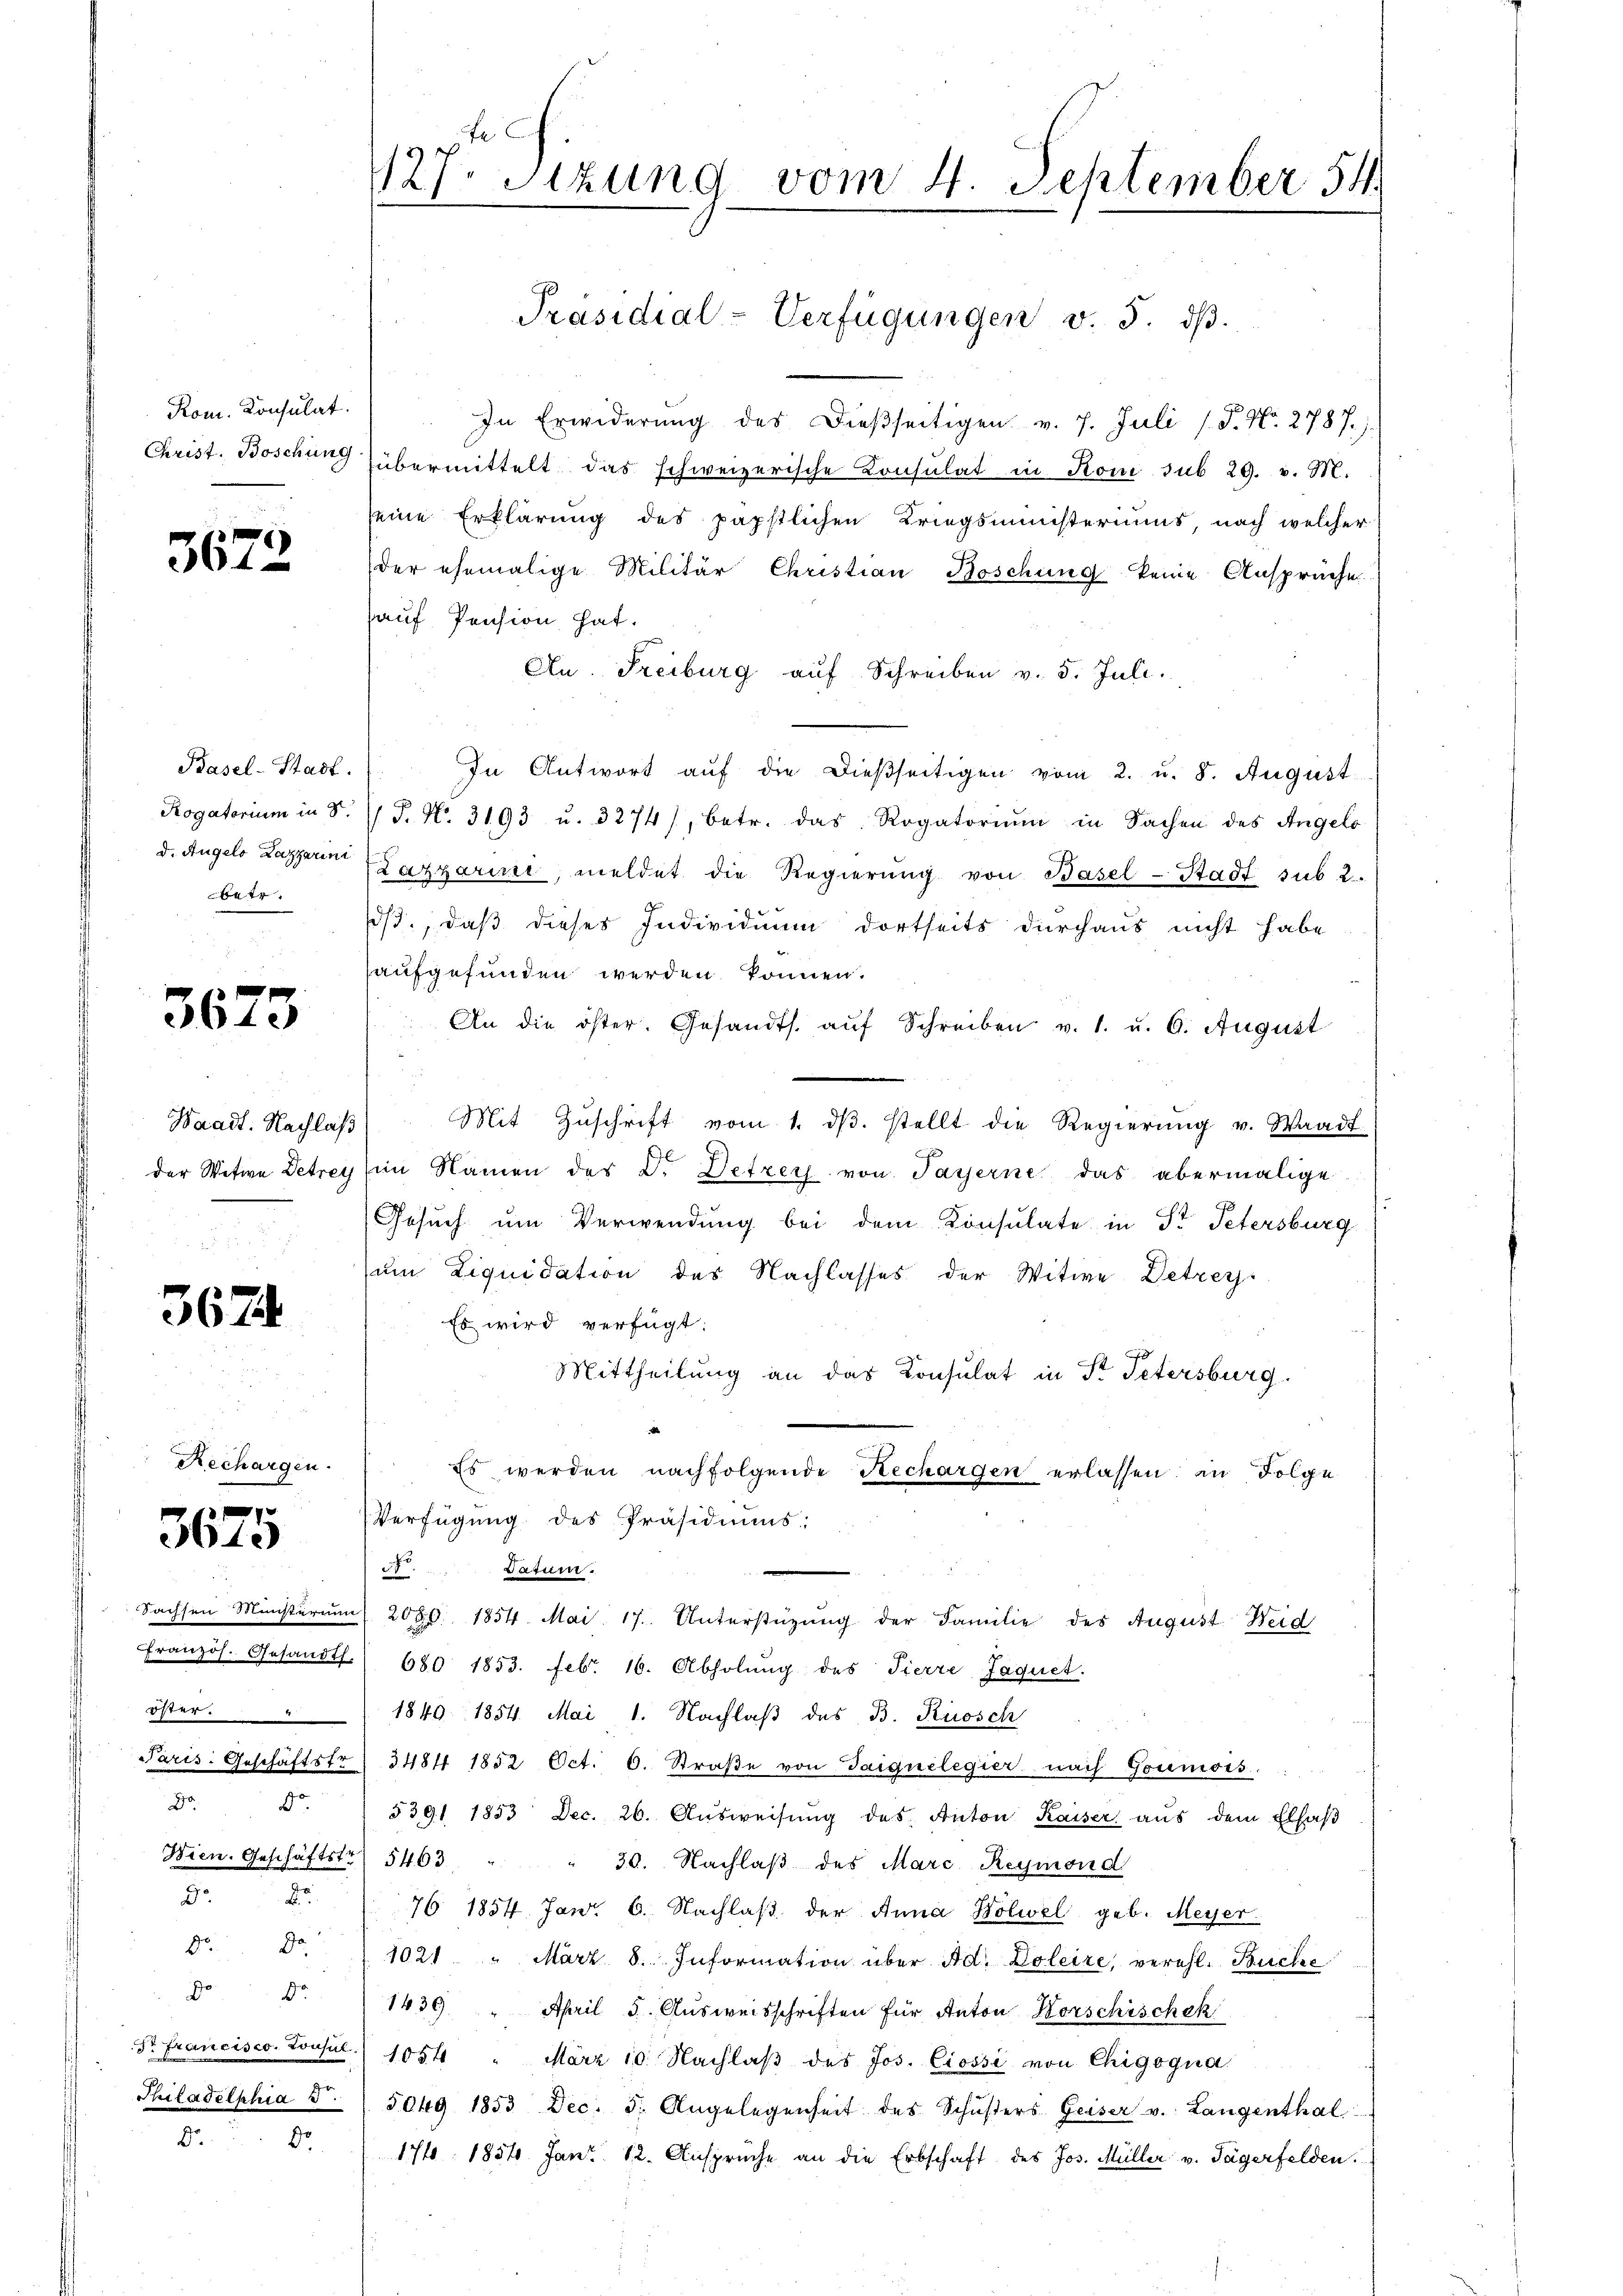
Rom. Konsulat

Dr. Fra
Seite

3672

Basel-Stadt.
betr.

3673

Waadt. Nachlaß

367.

Rechargen.

13 f
3613

G.
Dr.

.

In Erwiderŭng des dießseitigen v. 7. Juli / 5. No. 2787.
Christ. Boschung übermittelt das schweizerische Consulat in Koni sub 29. v. M.
seine Erklärung des päpstlichen Kriegsministeriums, nach welcher
der ehemalige Militär Christian Boschung keine Ansprüche
hauf Pension hat.
Au. Freiburg auf Schreiben v. 5. Juli.
In Antwort aŭf die dießseitigen vom 2. u. 8. August.
Rogatorium in d. J. J. No. 3193 u. 3274), betr. das Rogatoriŭm in Sachen des Angelo
d. Angelo Lazarin (Lazzarii, meldet die Regierŭng von Basel-Stadt sub 2
s., daß dieses Individuum dortseits durchaus nicht habe
aufgefunden werden können.
An die öster. Gesandts. aŭf Schreiben v. 1. u. 6. August
Mit Zŭschrift vom 1. dβ. stellt die Regierŭng v. Waadt
der Witwe Petrey im Namen des Dr. Detzer von Payerne das abermalige
Gesuch um Verwendung bei dem Konsulate in St. Petersburg
um Liquidation des Nachlasses der Witwe Detrey-
e
Es wird verfügt:
Mittheilung an das Konsulat in Pr. Petersburg.
Es werden nachfolgende Rechargen erlassen, in Folge
Verfügung des Präsidiŭms:
Datum.
Sachsen Ministerium) 2080. 1854. Mai 17. Unterstüzung der Familie des August Weid
Französ. Gesandt. 680 1853. Febr. 16. Abholung des Tierre Jaquet.
öster. 1840 1854. Mai 1. Nachlaß des B. Rosch
Paris. Geschäftstr 3484 1852 Oct. C. Straße von Gaiguelegier nach Goumors.
 . 5391 1853 Dec. 26. Aŭsweisŭng des Anton Kaiser aŭs dem Elfaβ
Wien. Geschäftstr 5463 " 30. Nachlaβ des Marc Reymond
 76 1854. Janr. 6. Nachlaβ der Anna Kolwel geb. Meyer
Do " 1021. " März 8. Information über Ad. Doleire, verehl. Büche
dr
1439 " April 5. Aŭsweisschriften für Anton Horschischek
rcisco Consul. 1054 " März 10. Nachlaβ des Jos. Ciossi von Chigogna
elphia 5 (5049 1853 Dec. 5. Angelegenheit des Schŭsters Geiser v. Langenthal
do. 176. 1851 Janr. 12. Ansprüche an die Erbschaft des Jos. Müller v. Tägerfelden.

e
127. Sitzung vom 4. September 54

Präsidial-Verfügungen v. 3. dβ.